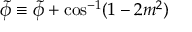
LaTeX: \tilde { \phi } \equiv \tilde { \phi } + \cos ^ { - 1 } ( 1 - 2 m ^ { 2 } )